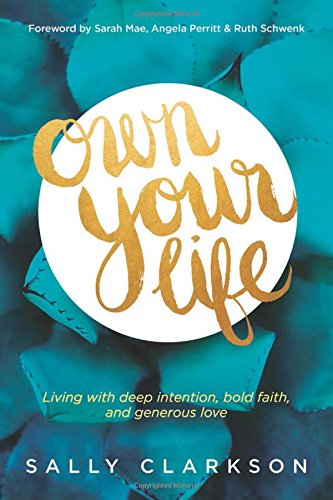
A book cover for Own Your Life: Living with Deep Intention, Bold Faith, and Generous Love; Sally Clarkson; Christian Books & Bibles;